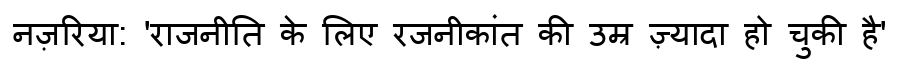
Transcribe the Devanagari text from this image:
नज़रिया: 'राजनीति के लिए रजनीकांत की उम्र ज़्यादा हो चुकी है'